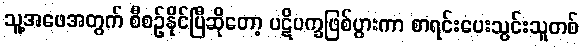
သူ့အဖေအတွက် စီစဉ်နိုင်ပြီဆိုတော့ ပဋိပက္ခဖြစ်ပွားကာ စာရင်းပေးသွင်းသူတစ်